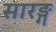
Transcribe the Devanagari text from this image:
सारङ्ग